Leaving Certificate, 1888
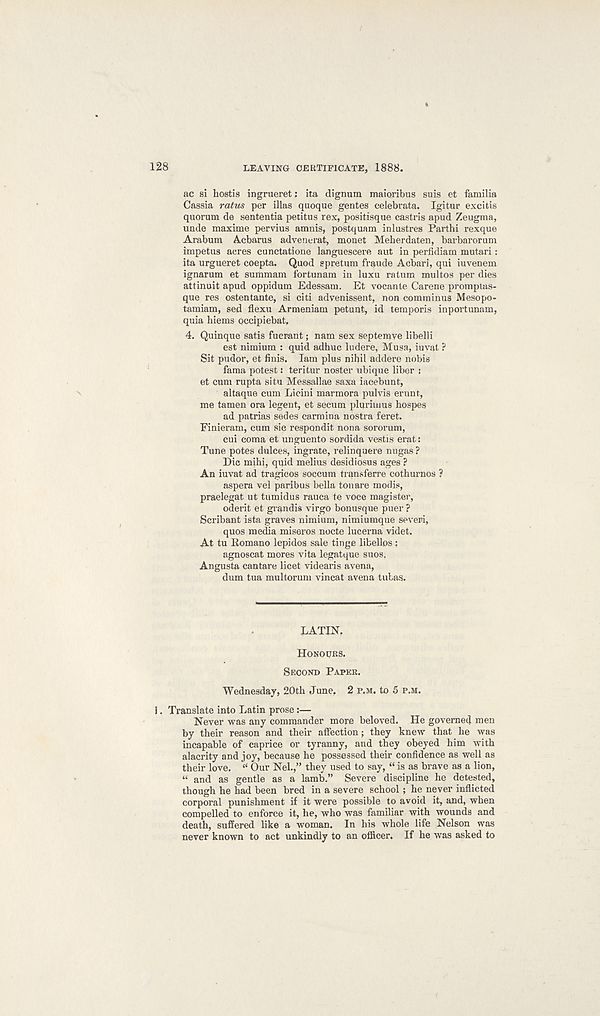
128
LEAVING CERTIFICATE, 1888.
ac si hostis ingrueret; ita dignum maioribus suis et familia
Cassia ratus per illas quoque gentes celebrata. Igitur excitis
quorum de sententia petitus rex, positisque castris apud Zeugma,
unde maxime pervius amnis, postquam inlustres Parthi rexque
Arabum Acbarus advenerat, monet Meherdaten, barbarorum
impetus acres cunctatione languescere aut in perfidiam mutari:
ita urgueret coepta. Quod epretum fraude Acbari, qui iuvenem
ignarum et summam fortunam in luxu ratum multos per dies
attinuit apud oppidum Edessam. Et vocante Carene promptas-
que res ostentante, si citi advenissent, non comminus Mesopo-
tamiam, sed flexu Armenian! petunt, id temporis inportunam,
quia hiems occipiebat,
4. Quinque satis fuerant; nam sex septemve libelli
est nimium : quid adhuc ludere, Musa, iuvat ?
Sit pudor, et finis. lam plus nibil addere nobis
fama potest: teritur noster ubique liber :
et cum rupta situ Messallae saxa iaeebunt,
altaque cum Licini marmora pulvis erunt,
me tamen ora legent, et secum pluriums hospes
ad patrias sedes carmina nostra feret.
Finieram, cum sic respondit nona sororum,
cui coma et unguento sordida vestis erat:
Tune potes dulces, ingrate, relinquere nugas ?
Die mihi, quid melius desidiosus ages ?
An iuvat ad tragicos soccum transferre cothurnos ?
aspera vel paribus bella tonare modis,
praelegat ut tumidus rauca te voce magister,
oderit et grandis virgo bonusque puer ?
Scribant ista graves nimium, nimiumque severi,
quos media miseros nocte lucerna videt.
At tu Romano lepidos sale tinge libellos :
agnoscat mores vita legatque suos.
Angusta cantare licet videaris avena,
dum tua multorum vincat avena tubas.
LATIN.
HONOURS.
SECOND PAPER.
Wednesday, 20th June, 2 P.M. to 5 P.M.
1. Translate into Latin prose:—
Never was any commander more beloved. He governed men
by their reason and their affection; they knew that he was
incapable of caprice or tyranny, and they obeyed him with
alacrity and joy, because he possessed their confidence as well as
their love. “ Our Nel.,” they used to say, “ is as brave as a lion,
“ and as gentle as a lamb.” Severe discipline he detested,
though he had been bred in a severe school; he never inflicted
corporal punishment if it were possible to avoid it, and, when
compelled to enforce it, he, who was familiar with wounds and
death, suffered like a woman. In his whole life Nelson was
never known to act unkindly to an officer. If he was asked to